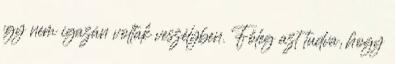
így nem igazán voltak veszélyben. Főleg azt tudva, hogy